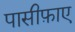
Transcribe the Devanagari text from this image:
पासीफ़ाए